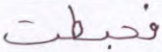
فحبطت